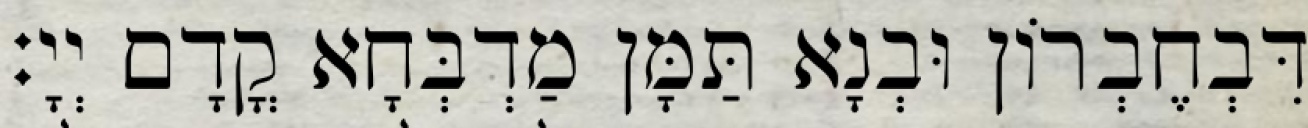
דִּבְחֶבְרוֹן וּבְנָא תַּמָּן מַדְבְּחָא קֳדָם יְיָ׃